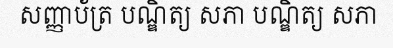
សញ្ញាប័ត្រ បណ្ឌិត្យ សភា បណ្ឌិត្យ សភា